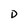
Character: D